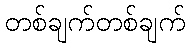
တစ်ချက်တစ်ချက်